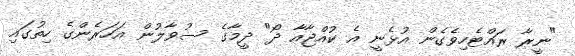
"ނީރާ ރައްޓެހިވެގެން އުޅެނީ އެ ކުއްޖާއާ ދޯ" ދީމާގެ ސުވާލުން އަހަރެންގެ ހިތުގައި